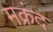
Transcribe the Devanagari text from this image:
मक्रंद